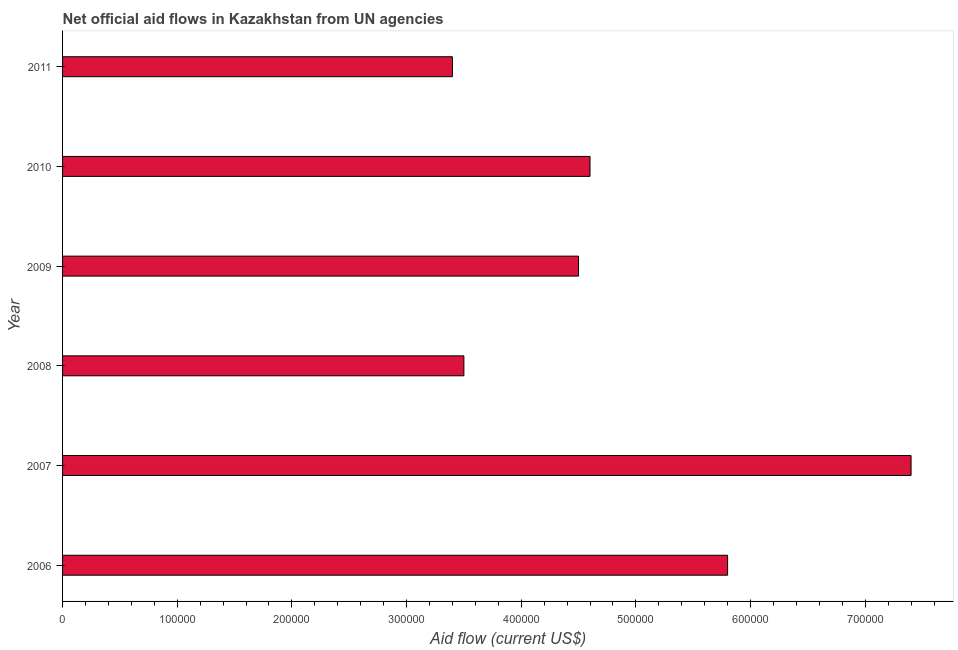
| Year | Net official flows from UN agencies |
 | --- | --- |
 | 2006 | 5.8e+05 |
 | 2007 | 7.4e+05 |
 | 2008 | 3.5e+05 |
 | 2009 | 4.5e+05 |
 | 2010 | 4.6e+05 |
 | 2011 | 3.4e+05 |